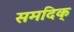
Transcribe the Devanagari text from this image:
समदिक्‌